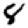
Digit: 8